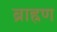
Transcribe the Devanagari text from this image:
ब्राह्रण